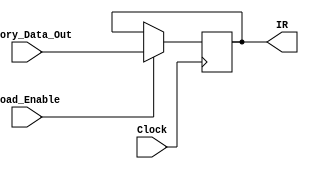
module Instruction_Register (
							output reg [31:0] IR,
							input [31:0] Memory_Data_Out,
							input Load_Enable,
							input Clock
							);
		
	always @ (negedge Clock)
		begin
		if (Load_Enable)
			begin
			IR <= Memory_Data_Out;
			end
		end
endmodule